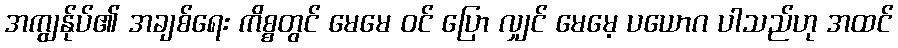
အကျွန်ုပ်၏ အချစ်ရေး ကိစ္စတွင် မေမေ ဝင် ပြော လျှင် မေမေ့ ပယောဂ ပါသည်ဟု အထင်